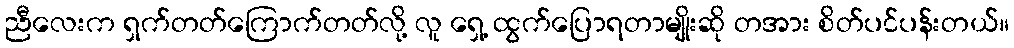
ညီလေးက ရှက်တတ်ကြောက်တတ်လို့ လူ ရှေ့ ထွက်ပြောရတာမျိုးဆို တအား စိတ်ပင်ပန်းတယ်။